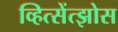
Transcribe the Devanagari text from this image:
व्हित्सेंत्झोस